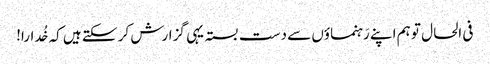
فی الحال تو ہم اپنے رَہنماؤں سے دست بستہ یہی گزارش کر سکتے ہیں کہ خُدارا!